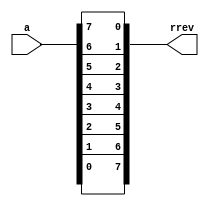
// Created by Jeevaka Dassanayake on 4/29/18.
//   Copyright (c) 2018 Jeevaka Dassanayake.

`timescale 1ns / 1ps

module Rev( input [7:0] a, output [7:0] rrev );

	assign rrev = { a[0], a[1], a[2], a[3], a[4], a[5], a[6], a[7] };

endmodule